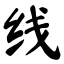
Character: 线